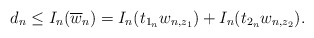
\begin{align*}d_n \leq I_n(\overline{w}_n) = I_n(t_{1_n}w_{n,z_1} ) + I_n(t_{2_n}w_{n,z_2}).\end{align*}